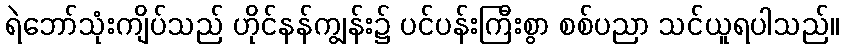
ရဲဘော်သုံးကျိပ်သည် ဟိုင်နန်ကျွန်း၌ ပင်ပန်းကြီးစွာ စစ်ပညာ သင်ယူရပါသည်။